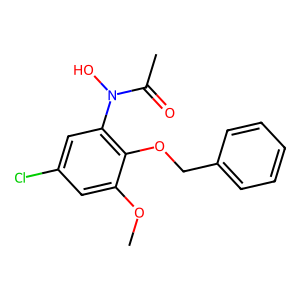
SMILES: COc1cc(Cl)cc(N(O)C(C)=O)c1OCc1ccccc1
Inhibits HIV replication: No